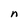
Character: n